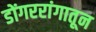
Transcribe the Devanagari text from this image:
डोंगररांगातून